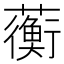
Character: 蘅